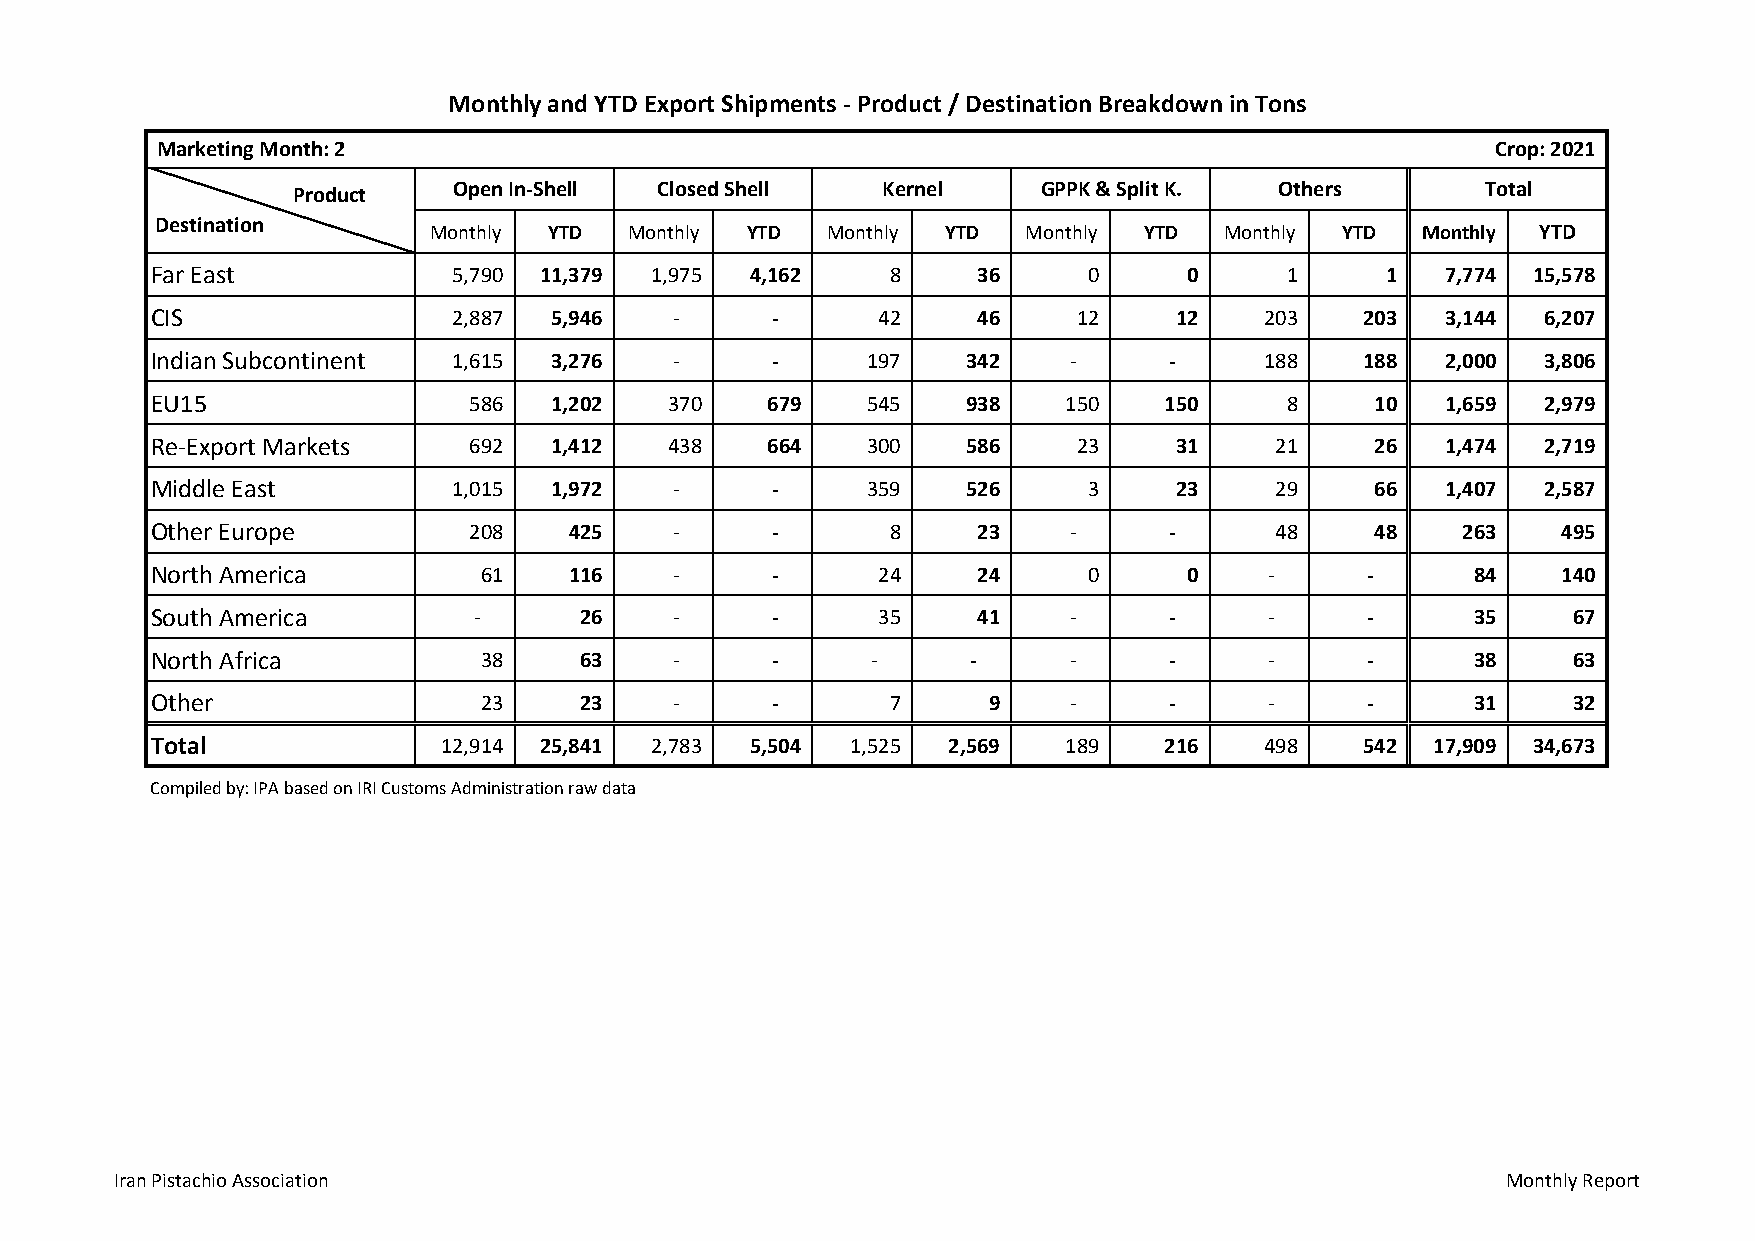
Monthly and YTD Export Shipments ‐ Product / Destination Breakdown in Tons
 Marketing Month: 2                                                                       Crop: 2021
 Open In‐Shell Closed Shell  Kernel     GPPK & Split K. Others       Total
 Product
 Destination
 Monthly YTD   Monthly YTD  Monthly YTD  Monthly YTD  Monthly YTD  Monthly YTD
 Far East            5,790 11,379 1,975  4,162    8     36     0      0     1      1   7,774 15,578
 CIS                 2,887 5,946    ‐     ‐      42     46    12     12    203   203   3,144 6,207
 Indian Subcontinent 1,615 3,276    ‐     ‐     197    342    ‐     ‐      188   188   2,000 3,806
 EU15                 586  1,202   370    679   545    938   150    150     8     10   1,659 2,979
 Re‐Export Markets    692  1,412   438    664   300    586    23     31    21     26   1,474 2,719
 Middle East         1,015 1,972    ‐     ‐     359    526     3     23    29     66   1,407 2,587
 Other Europe         208    425    ‐     ‐       8     23    ‐     ‐      48     48    263   495
 North America         61    116    ‐     ‐      24     24     0      0    ‐     ‐       84   140
 South America        ‐      26     ‐     ‐      35     41    ‐     ‐      ‐     ‐       35    67
 North Africa          38    63     ‐     ‐      ‐     ‐      ‐     ‐      ‐     ‐       38    63
 Other                 23    23     ‐     ‐       7     9     ‐     ‐      ‐     ‐       31    32
 Total              12,914 25,841 2,783  5,504 1,525  2,569  189    216    498   542  17,909 3 4,673
 Compiled by: IPA based on IRI Customs Administration raw data
 Iran Pistachio Association                                                                  Monthly Report